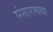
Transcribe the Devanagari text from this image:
संसारमाया